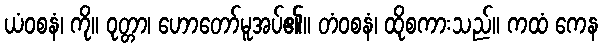
ယံဝစနံ၊ ကို။ ဝုတ္တာ၊ ဟောတော်မူအပ်၏။ တံဝစနံ၊ ထိုစကားသည်။ ကထံ ကေန